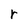
Character: r